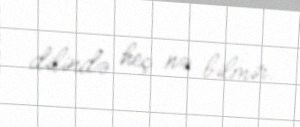
dilində heç nə bilmir.